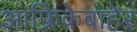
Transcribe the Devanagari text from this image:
आफ्रिकेबाहेर